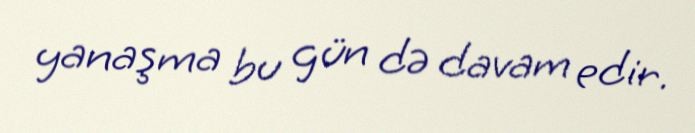
yanaşma bu gün də davam edir.